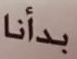
بدأنا